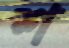
শ